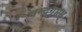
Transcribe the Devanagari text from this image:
चन्द्रगुप्तम्